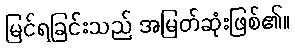
မြင်ရခြင်းသည် အမြတ်ဆုံးဖြစ်၏။